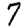
Digit: 7